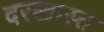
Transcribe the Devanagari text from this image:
दरखास्त